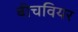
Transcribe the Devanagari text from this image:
बीचवियर